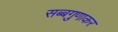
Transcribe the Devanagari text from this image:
सब्बगुणाकर